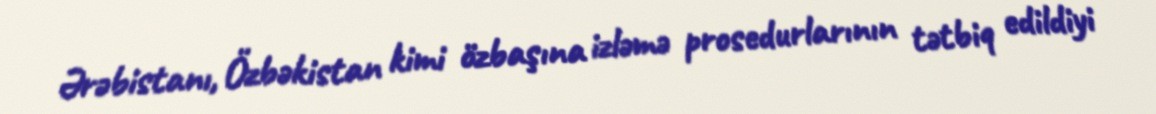
Ərəbistanı, Özbəkistan kimi özbaşına izləmə prosedurlarının tətbiq edildiyi